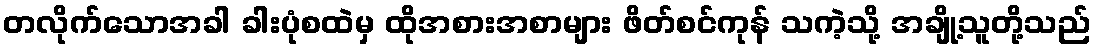
တလိုက်သောအခါ ခါးပုံစထဲမှ ထိုအစားအစာများ ဖိတ်စင်ကုန် သကဲ့သို့ အချို့သူတို့သည်